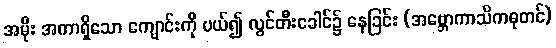
အမိုး အကာရှိသော ကျောင်းကို ပယ်၍ လွင်တီးခေါင်၌ နေခြင်း (အဗ္ဘောကာသိကဓုတင်)